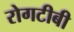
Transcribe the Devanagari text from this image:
रोगटीबी